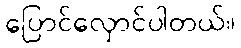
ပြောင်လှောင်ပါတယ်။